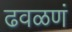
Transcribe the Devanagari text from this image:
ढवळणं